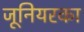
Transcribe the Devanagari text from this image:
जूनियरका